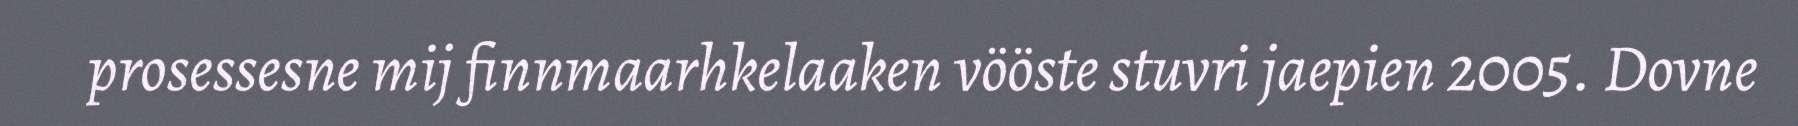
prosessesne mij finnmaarhkelaaken vööste stuvri jaepien 2005. Dovne